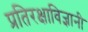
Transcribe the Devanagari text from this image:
प्रतिरक्षाविज्ञानी